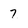
Character: 7